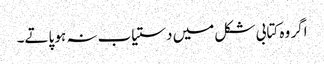
اگر وہ کتابی شکل میں دستیاب نہ ہو پاتے۔